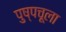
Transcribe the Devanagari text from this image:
पुष्पचूला